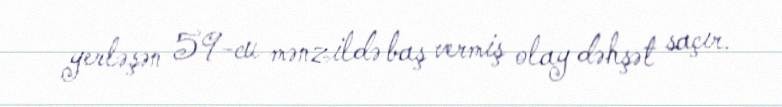
yerləşən 59-cu mənzildə baş vermiş olay dəhşət saçır.